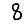
Digit: 8